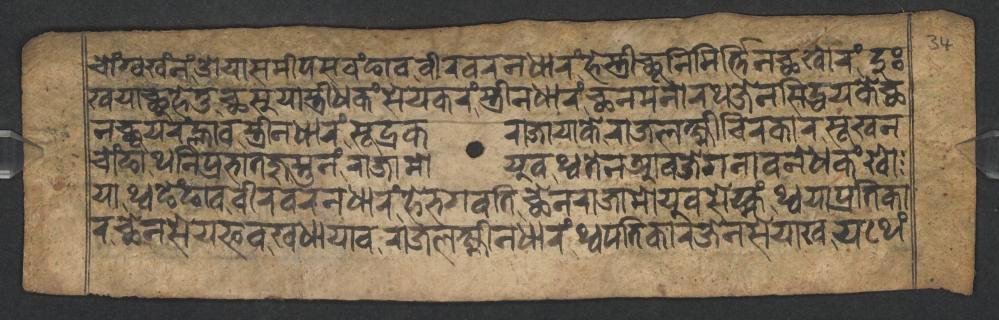
𑐔𑑀𑑄𑐐𑑂𑐰𑐏𑑄𑐣𑑄𑐌𑐫𑐵𑐳𑐩𑐷𑐥𑐳𑐰𑑄𑐒𑐵𑐰𑐰𑐷𑐬𑐰𑐬𑐣𑐢𑐵𑐬𑑄𑐴𑐾𑐳𑑂𑐟𑑂𑐬𑐷𑐕𑐹𑐣𑐶𑐩𑐶𑐬𑑂𑐬𑑂𑐟𑐶𑐣𑐕𑐏𑑀𑐬𑑄𑐡𑐸𑑅 𑐏𑐫𑐵𑐕𑐸𑐴𑐾𑐟𑐸𑐕𑐳𑐸𑐫𑐵𑐳𑑂𑐟𑑂𑐬𑐷𑐢𑐎𑑄𑐳𑐾𑐫𑐎𑐬𑑄𑐳𑑂𑐟𑑂𑐬𑐷𑐣𑐢𑐵𑐬𑑄𑐕𑐣𑐩𑐣𑑀𑐬𑐠𑐖𑐾𑐣𑐳𑐶𑐡𑑂𑐢𑐫𑐎𑐾𑐕 𑐣𑐕𑐸𑐫𑐬𑑄𑐮𑑂𑐴𑐵𑐰𑐳𑑂𑐟𑑂𑐬𑐷𑐣𑐢𑐵𑐬𑑄𑐳𑐹𑐡𑑂𑐬𑐎𑐬𑐵𑐖𑐵𑐫𑐵𑐎𑐾𑐬𑐵𑐖𑐮𑐎𑑂𑐲𑑂𑐩𑐷𑐔𑐶𑐬𑐎𑐵𑐬𑐳𑐹𑐏𑐣 𑐔𑑀𑑄𑐒𑐵𑐠𑐣𑐶𑐥𑑂𑐬𑐨𑐵𑐟𑐖𑐸𑐳𑑂𑐟𑐸𑐣𑑄𑐬𑐵𑐖𑐵𑐩𑑀𑐫𑐸𑐰𑐠𑑂𑐰𑐟𑐾𑐣𑐁𑐰𑐖𑐾𑐐𑐣𑐵𑐰𑐣𑐾𑐢𑐎𑑄𑐏𑑀 𑐫𑐵𑐠𑑂𑐰𑐒𑐾𑑄𑐒𑐵𑐰𑐰𑐷𑐬𑐰𑐬𑐣𑐢𑐵𑐬𑑄𑐴𑐾𑐨𑐐𑐰𑐟𑐶𑐕𑐾𑐣𑐬𑐵𑐖𑐵𑐩𑑀𑐫𑐸𑐰𑐳𑐾𑐩𑑂𑐴𑑄𑐠𑑂𑐰𑐫𑐵𑐥𑑂𑐬𑐟𑐶𑐎𑐵 𑐬𑐕𑐾𑐣𑐳𑐾𑐫𑐦𑐰𑐏𑐢𑐵𑐫𑐵𑐰𑐬𑐵𑐖𑐮𑐎𑑂𑐲𑑂𑐩𑐷𑐣𑐢𑐵𑐬𑑄𑐠𑑂𑐰𑐥𑐟𑐶𑐎𑐵𑐬𑐖𑐾𑐣𑐳𑐾𑐫𑐵𑐏𑐫𑐠𑐾𑑄